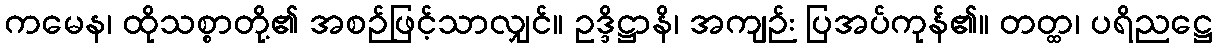
ကမေန၊ ထိုသစ္စာတို့၏ အစဉ်ဖြင့်သာလျှင်။ ဥဒ္ဒိဋ္ဌာနိ၊ အကျဉ်း ပြအပ်ကုန်၏။ တတ္ထ၊ ပရိညဋ္ဌေ